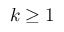
k \ge 1